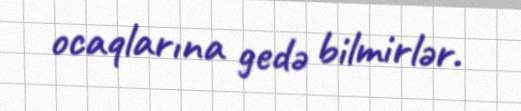
ocaqlarına gedə bilmirlər.